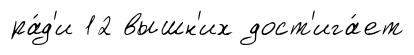
ра́д'и 12 вышн'их дост'ига́ет